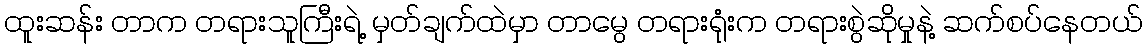
ထူးဆန်း တာက တရားသူကြီးရဲ့ မှတ်ချက်ထဲမှာ တာမွေ တရားရုံးက တရားစွဲဆိုမှုနဲ့ ဆက်စပ်နေတယ်